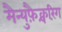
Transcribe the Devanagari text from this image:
मैन्युफ़ैक्चरिंग